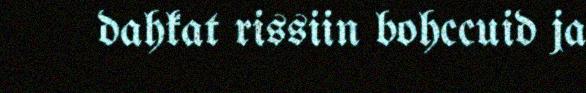
dahkat rissiin bohccuid ja